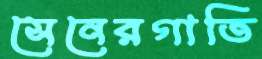
সেনেরগাতি